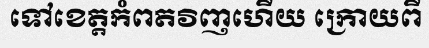
ទៅខេត្តកំពតវិញហើយ ក្រោយពី